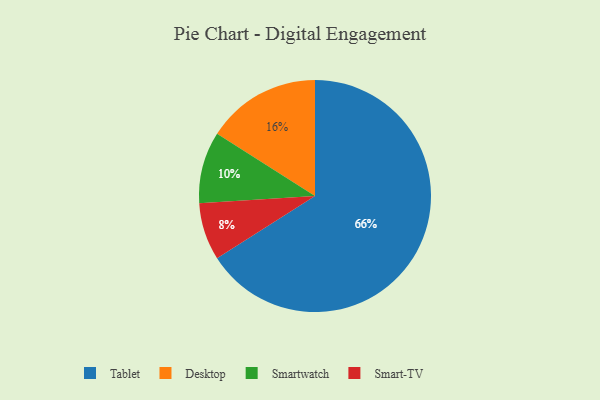
{"axis": {"x": "Category", "y": "Percentage"}, "legend": ["Desktop", "Smart-TV", "Smartwatch", "Tablet"], "data": [{"x": "Smart-TV", "y": 8, "type": "Smart-TV"}, {"x": "Tablet", "y": 66, "type": "Tablet"}, {"x": "Smartwatch", "y": 10, "type": "Smartwatch"}, {"x": "Desktop", "y": 16, "type": "Desktop"}]}